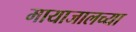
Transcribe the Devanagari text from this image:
मायाजालच्या